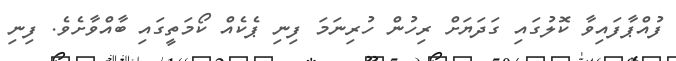
ފުއްޕާފައިވާ ކޮލުގައި ގަދަޔަށް ރިހުން ހުރިނަމަ ފިނި ޕެކެއް ކޯމަތީގައި ބާއްވާށެވެ. ފިނި